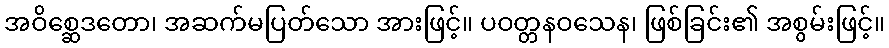
အဝိစ္ဆေဒတော၊ အဆက်မပြတ်သော အားဖြင့်။ ပဝတ္တနဝသေန၊ ဖြစ်ခြင်း၏ အစွမ်းဖြင့်။